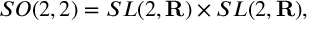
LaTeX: S O ( 2 , 2 ) = S L ( 2 , { \bf R } ) \times S L ( 2 , { \bf R } ) ,